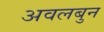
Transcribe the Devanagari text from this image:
अवलबुन